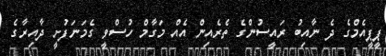
ޕީޕީއެމްގެ ދެ ނާއިބު ރައީސުންގެ ތެރެއިން އެއް މަގާމް ހުސްވީ ގެމަނަފުށީ ދާއިރާގެ